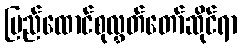
ပြည်ထောင်စုလွှတ်တော်ဆိုင်ရာ